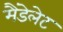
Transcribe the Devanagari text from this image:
मैंडेलेट